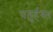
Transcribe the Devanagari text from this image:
चतुर्हस्त